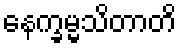
နေက္ခမ္မသိတာတိ